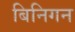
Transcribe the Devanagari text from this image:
बिनिगन